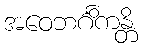
အဝေဘင်္ဂိကန္တိ